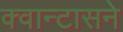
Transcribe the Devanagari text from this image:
क्वान्टासने